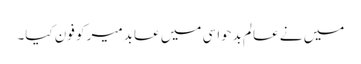
میں نے عالم بدحواسی میں عابد میر کو فون کیا۔